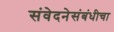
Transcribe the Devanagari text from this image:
संवेदनेसंबंधीचा